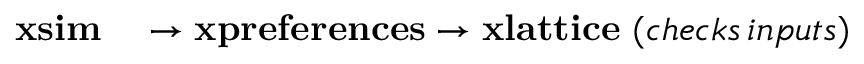
\begin{array} { r l } { \mathbf { x s i m } } & { { } \rightarrow \mathbf { x p r e f e r e n c e s } \rightarrow \mathbf { x l a t t i c e } \, \, ( c h e c k s \, i n p u t s ) } \end{array}